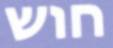
חוש